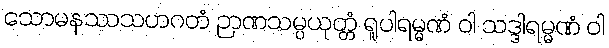
သောမနဿသဟဂတံ ဉာဏသမ္ပယုတ္တံ ရူပါရမ္မဏံ ဝါ သဒ္ဒါရမ္မဏံ ဝါ